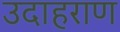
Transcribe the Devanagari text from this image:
उदाहराण